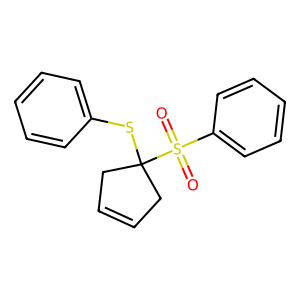
SMILES: O=S(=O)(c1ccccc1)C1(Sc2ccccc2)CC=CC1
Inhibits HIV replication: No